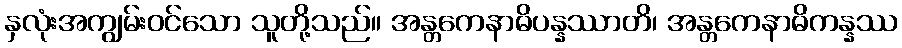
နှလုံးအကျွမ်းဝင်သော သူတို့သည်။ အန္တကေနာဓိပန္နဿာတိ၊ အန္တကေနာဓိကန္နဿ